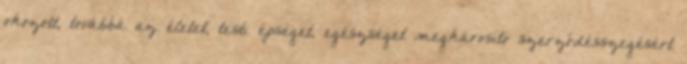
okozott, továbbá az életet, testi épséget, egészséget megkárosító szerződésszegésért